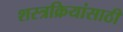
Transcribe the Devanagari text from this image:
शस्त्रक्रियांसाठी